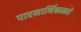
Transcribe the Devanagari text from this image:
पारमार्थिकाकडे